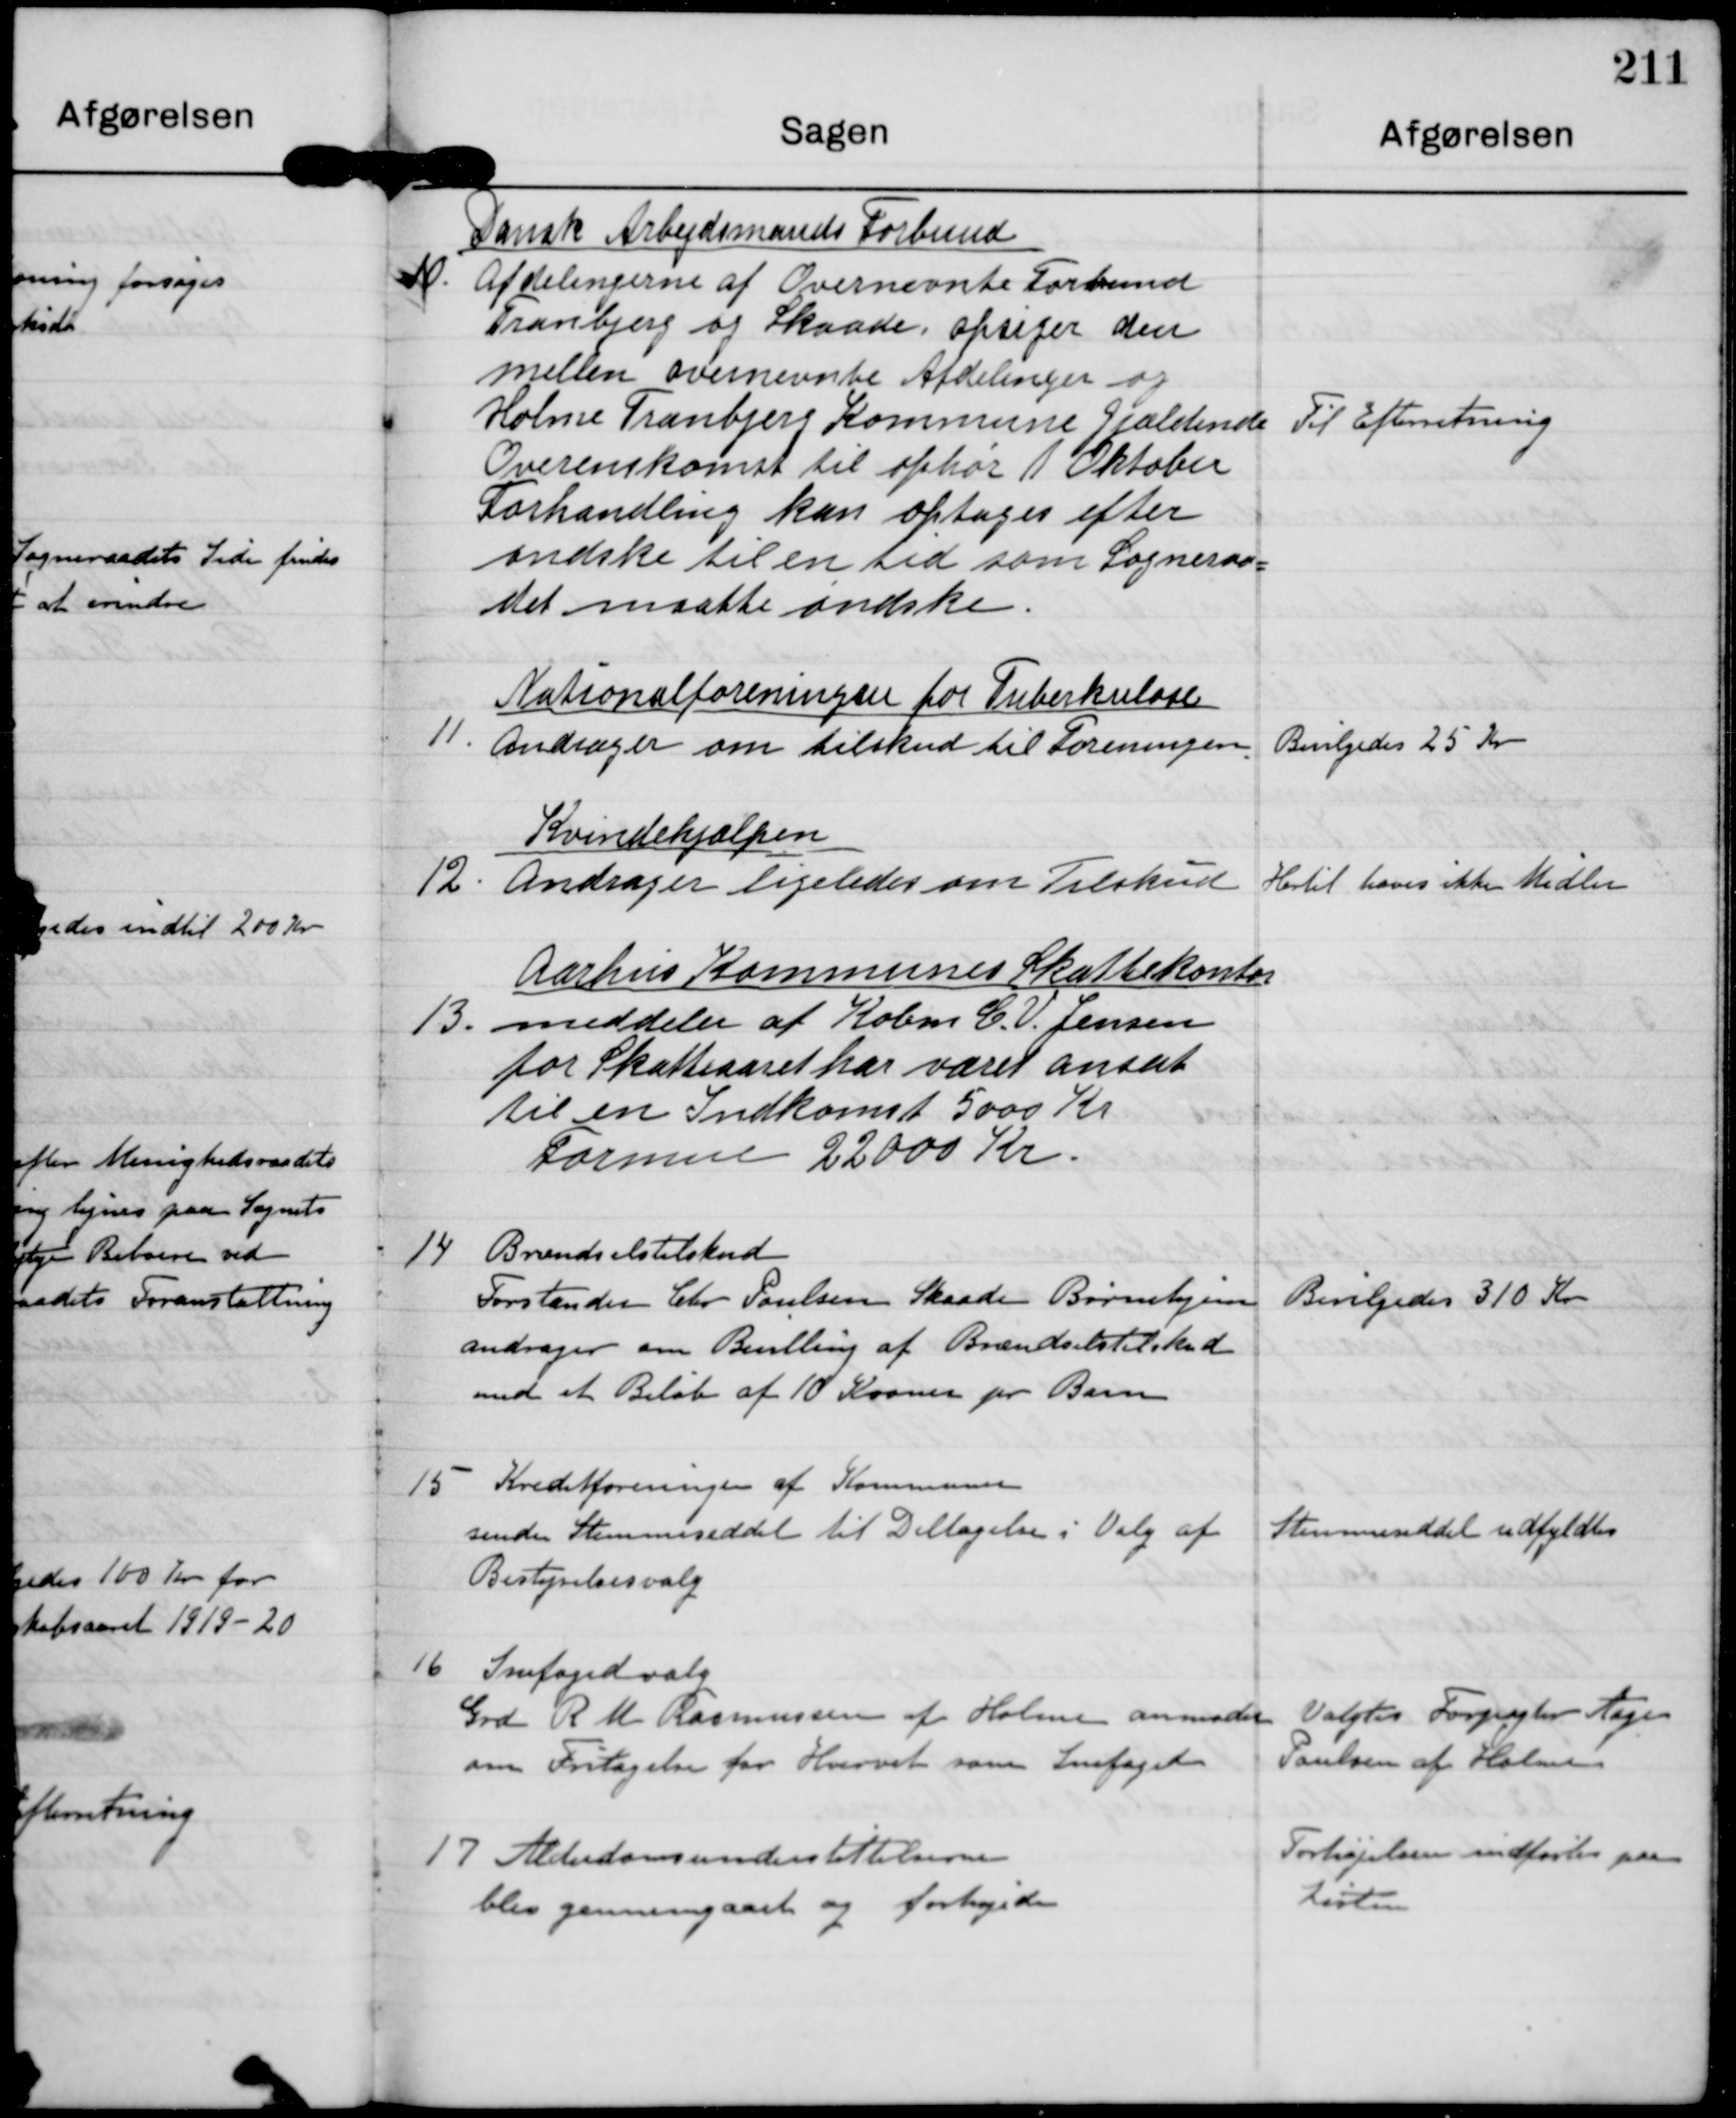
Transskription:
10

Dansk Arbejdsmands Forbund
Afdelingerne af Overnævnte Forbund
Tranbjerg og Skaade opsiger deres
mellem ovennævnte Afdelinger og
Holme Tranbjerg Kommune gjældende
Overenskomst til ophør 1. Oktober
Forhandling kan optages efter
øndske til en tid som Sogneraa-
det maatte øndske.

Til Efterretning

11

Nationalforeningen for Tuberkulose
Andrager om tilskud til Foreningen

Bevilgedes 25 Kr.

12

Kvindehjælpen
Andrager ligeledes om Tilskud

Hertil haves ikke Midler

13.

Aarhus Kommunes Skattekontor
meddeler at Købm C.V. Jensen
for Skatteaaret har været ansat
til en Indkomst 5000 Kr
Formue 22000 Kr.

14

Brændselstilskud
Forstander Chr Poulsen Skaade Børnehjem
andrager om Bevilling af Brændselstilskud
med et Beløb af 10 Kroner pr. Barn

Bevilgedes 310 Kr.

15

Kreditforeningen af Kommunen
sender Stemmeseddel til Deltagelse i Valg af
Bestyrelsesvalg

Stemmeseddel udfyldtes.

16

Snefogedvalg
Grd R M Rasmussen af Holme anmoder
om Fritagelse for Hvervet som Snefoged

Valgtes Forpagter Aage
Poulsen af Holme

17

Alderdomsunderstøttelserne
blev gennemgaaet og forhøjedes

Forhøjelsen indførtes paa
Listen